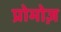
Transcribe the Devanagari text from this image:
प्रोमोज़